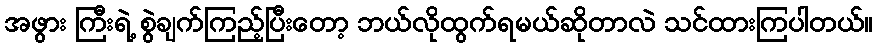
အဖွား ကြီးရဲ့ စွဲချက်ကြည့်ပြီးတော့ ဘယ်လိုထွက်ရမယ်ဆိုတာလဲ သင်ထားကြပါတယ်။